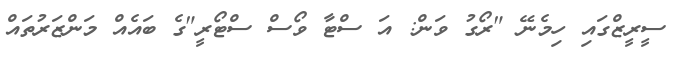
ސީރީޒްގައި ހިމެނޭ "ރޯގު ވަން: އަ ސްޓާ ވޯސް ސްޓޯރީ"ގެ ބައެެއް މަންޒަރުތައް